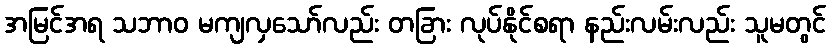
အမြင်အရ သဘာဝ မကျလှသော်လည်း တခြား လုပ်နိုင်စရာ နည်းလမ်းလည်း သူမတွင်